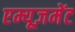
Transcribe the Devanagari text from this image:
एम्यूज़मेंट